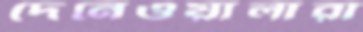
দেনেওয়ালারা